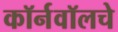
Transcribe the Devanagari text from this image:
कॉर्नवॉलचे